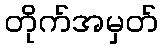
တိုက်အမှတ်